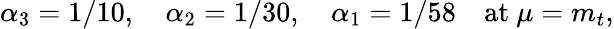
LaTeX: \alpha_{3}=1/10,\quad\alpha_{2}=1/30,\quad\alpha_{1}=1/58\quad\mathrm{at}\ \mu=m_{t},